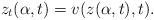
LaTeX: \begin{align*}z_t(\alpha,t)=v(z(\alpha,t),t).\end{align*}